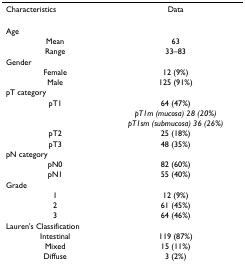
<table><thead><tr><td><b>Characteristics</b></td><td><b>Data</b></td></tr></thead><tbody><tr><td>Age</td><td></td></tr><tr><td>Mean</td><td>63</td></tr><tr><td>Range</td><td>33–83</td></tr><tr><td>Gender</td><td></td></tr><tr><td>Female</td><td>12 (9%)</td></tr><tr><td>Male</td><td>125 (91%)</td></tr><tr><td>pT category</td><td></td></tr><tr><td>pT1</td><td>64 (47%)</td></tr><tr><td></td><td><i>pT1m (mucosa) 28 (20%)</i></td></tr><tr><td></td><td><i>pT1sm (submucosa) 36 (26%)</i></td></tr><tr><td>pT2</td><td>25 (18%)</td></tr><tr><td>pT3</td><td>48 (35%)</td></tr><tr><td>pN category</td><td></td></tr><tr><td>pN0</td><td>82 (60%)</td></tr><tr><td>pN1</td><td>55 (40%)</td></tr><tr><td>Grade</td><td></td></tr><tr><td>1</td><td>12 (9%)</td></tr><tr><td>2</td><td>61 (45%)</td></tr><tr><td>3</td><td>64 (46%)</td></tr><tr><td>Lauren&#x27;s Classification</td><td></td></tr><tr><td>Intestinal</td><td>119 (87%)</td></tr><tr><td>Mixed</td><td>15 (11%)</td></tr><tr><td>Diffuse</td><td>3 (2%)</td></tr></tbody></table>